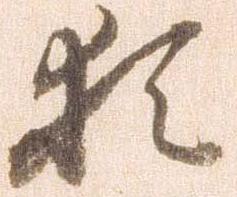
猶